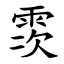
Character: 䨏